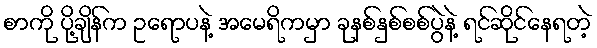
စာကို ပို့ချိန်က ဥရောပနဲ့ အမေရိကမှာ ခုနစ်နှစ်စစ်ပွဲနဲ့ ရင်ဆိုင်နေရတဲ့